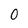
Character: 0